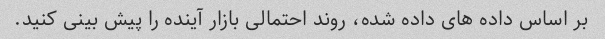
بر اساس داده های داده شده، روند احتمالی بازار آینده را پیش بینی کنید.